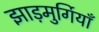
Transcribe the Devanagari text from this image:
झाड़मुर्गियाँ